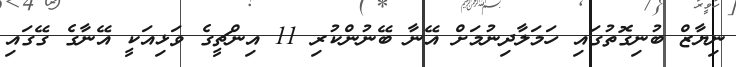
ނިޔާޒް ބުނިގޮތުގައި ހަމަލާދިނުމަށް އޭނާ ބޭނުންކުރި 11 އިންޗީގެ ވަޅިއަކީ އޭނާގެ ގޭގައި